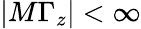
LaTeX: |M\Gamma_{z}|<\infty